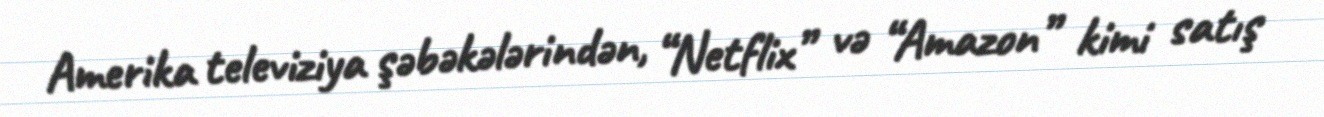
Amerika televiziya şəbəkələrindən, “Netflix” və “Amazon” kimi satış